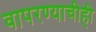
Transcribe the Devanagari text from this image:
वापरण्याचीही